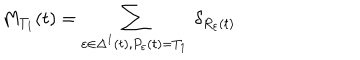
M _ { T _ { 1 } } ( t ) = \sum _ { \varepsilon \in \Delta ^ { 1 } ( t ) , P _ { \varepsilon } ( t ) = T _ { 1 } } \ \delta _ { R _ { \varepsilon } ( t ) }